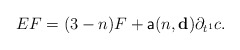
\begin{align*}E F=(3-n)F+\mathsf{a}(n,\mathbf{d})\partial_{t^1}c.\end{align*}